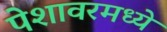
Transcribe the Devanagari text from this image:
पेशावरमध्ये